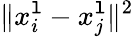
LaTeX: \Vert{x_{i}^{\mathtt{l}}-x_{j}^{\mathtt{l}}}\Vert^{2}